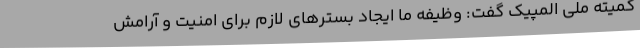
کمیته ملی المپیک گفت: وظیفه ما ایجاد بسترهای لازم برای امنیت و آرامش